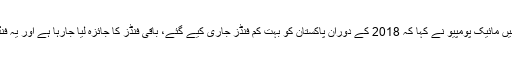
ایک سوال کے جواب میں مائیک پومپیو نے کہا کہ 2018 کے دوران پاکستان کو بہت کم فنڈز جاری کیے گئے، باقی فنڈز کا جائزہ لیا جارہا ہے اور یہ فنڈز بھی کم ہی ہوں گے۔